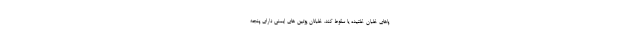
پاهای خلبان غلتیده یا سقوط کند. خلبانان پوتین های ایمنی دارای پنجه